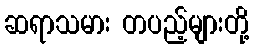
ဆရာသမား တပည့်များတို့